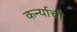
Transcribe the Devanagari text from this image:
कर्न्याची